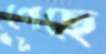
গেছে